Indian journal of veterinary science and animal husbandry - Volume 5,
Year: 1935
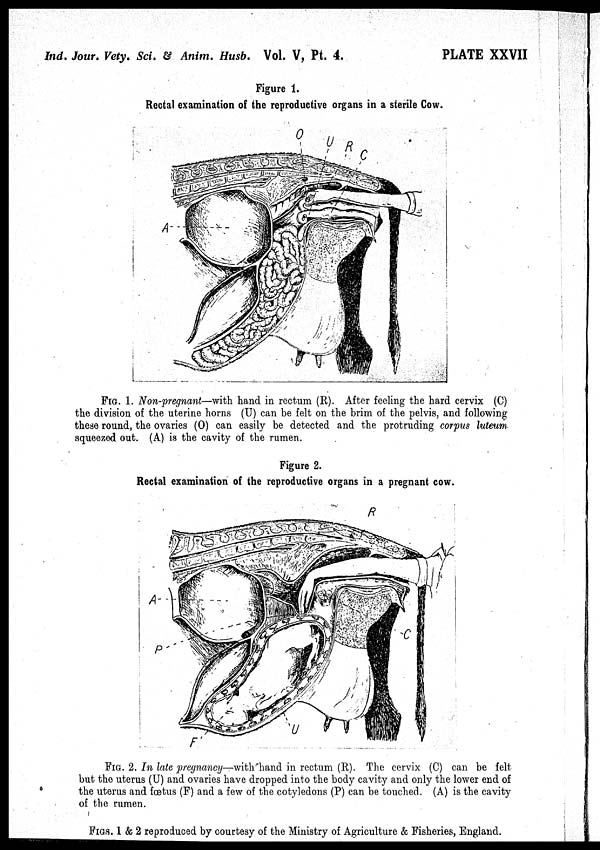
Ind. Jour. Vety. Sci. & Anim. Husb. Vol. V, Pt. 4.
PLATE XXVII
Figure 1.
Rectal examination of the reproductive organs in a sterile Cow.
FIG. 1. Non-pregnant—with hand in rectum (R). After feeling the hard cervix (C)
the division of the uterine horns (U) can be felt on the brim of the pelvis, and following
these round, the ovaries (O) can easily be detected and the protruding corpus luteum.
squeezed out. (A) is the cavity of the rumen.
Figure 2.
Rectal examination of the reproductive organs in a pregnant cow.
FIG. 2. In late pregnancy—with hand in rectum (R). The cervix (C) can be felt
but the uterus (U) and ovaries have dropped into the body cavity and only the lower end of
the uterus and fœtus (F) and a few of the cotyledons (P) can be touched. (A) is the cavity
of the rumen.
FIGS. 1 & 2 reproduced by courtesy of the Ministry of Agriculture & Fisheries, England.